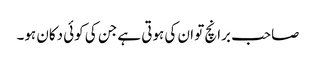
صاحب برانچ تو ان کی ہوتی ہے جن کی کوئی دکان ہو۔